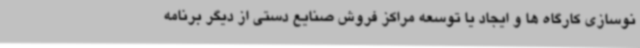
نوسازی کارگاه ها و ایجاد یا توسعه مراکز فروش صنایع دستی از دیگر برنامه